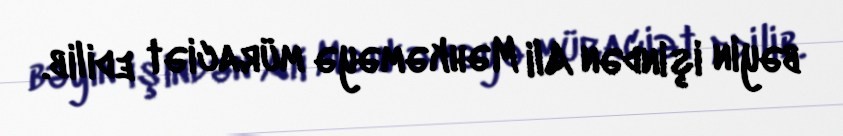
bəyin işindən Ali Məhkəməyə müraciət edilib.